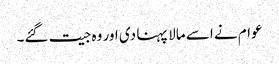
عوام نے اسے مالا پہنا دی اور وہ جیت گئے۔